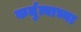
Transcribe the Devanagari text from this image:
कर्तुत्वाच्या